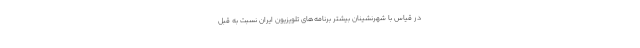
در قیاس با شهرنشینان بیشتر برنامه‌­های تلویزیون ایران نسبت به قبل